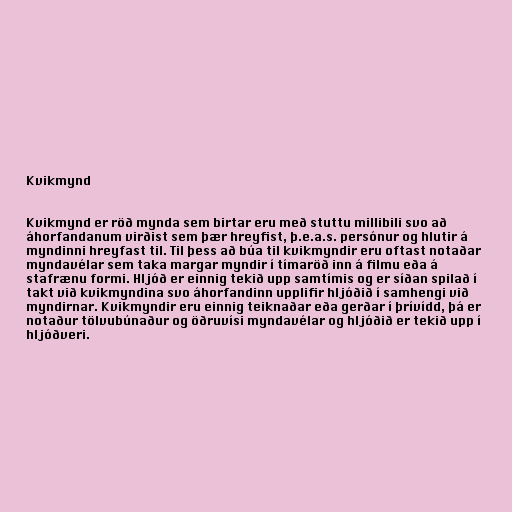
Kvikmynd

Kvikmynd er röð mynda sem birtar eru með stuttu millibili svo að
áhorfandanum virðist sem þær hreyfist, þ.e.a.s. persónur og hlutir á
myndinni hreyfast til. Til þess að búa til kvikmyndir eru oftast notaðar
myndavélar sem taka margar myndir í tímaröð inn á filmu eða á
stafrænu formi. Hljóð er einnig tekið upp samtímis og er síðan spilað í
takt við kvikmyndina svo áhorfandinn upplifir hljóðið í samhengi við
myndirnar. Kvikmyndir eru einnig teiknaðar eða gerðar í þrívídd, þá er
notaður tölvubúnaður og öðruvísi myndavélar og hljóðið er tekið upp í
hljóðveri.